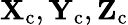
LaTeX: \textbf{X}_{\mathrm{c}},\textbf{Y}_{\mathrm{c}},\textbf{Z}_{\mathrm{c}}